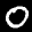
Label: 0